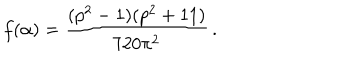
LaTeX: f ( \alpha ) = \frac { ( p ^ { 2 } - 1 ) ( p ^ { 2 } + 1 1 ) } { 7 2 0 \pi ^ { 2 } } \, .